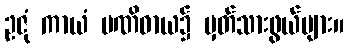
ဥဇုံ ကာယံ ပဏိဓာယ၌ မှတ်သားဖွယ်များ။